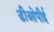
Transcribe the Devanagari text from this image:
डीओपीई